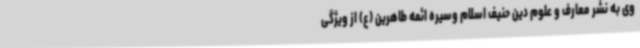
وی به نشر معارف و علوم دین حنیف اسلام وسیره ائمه طاهرین (ع) از ویژگی